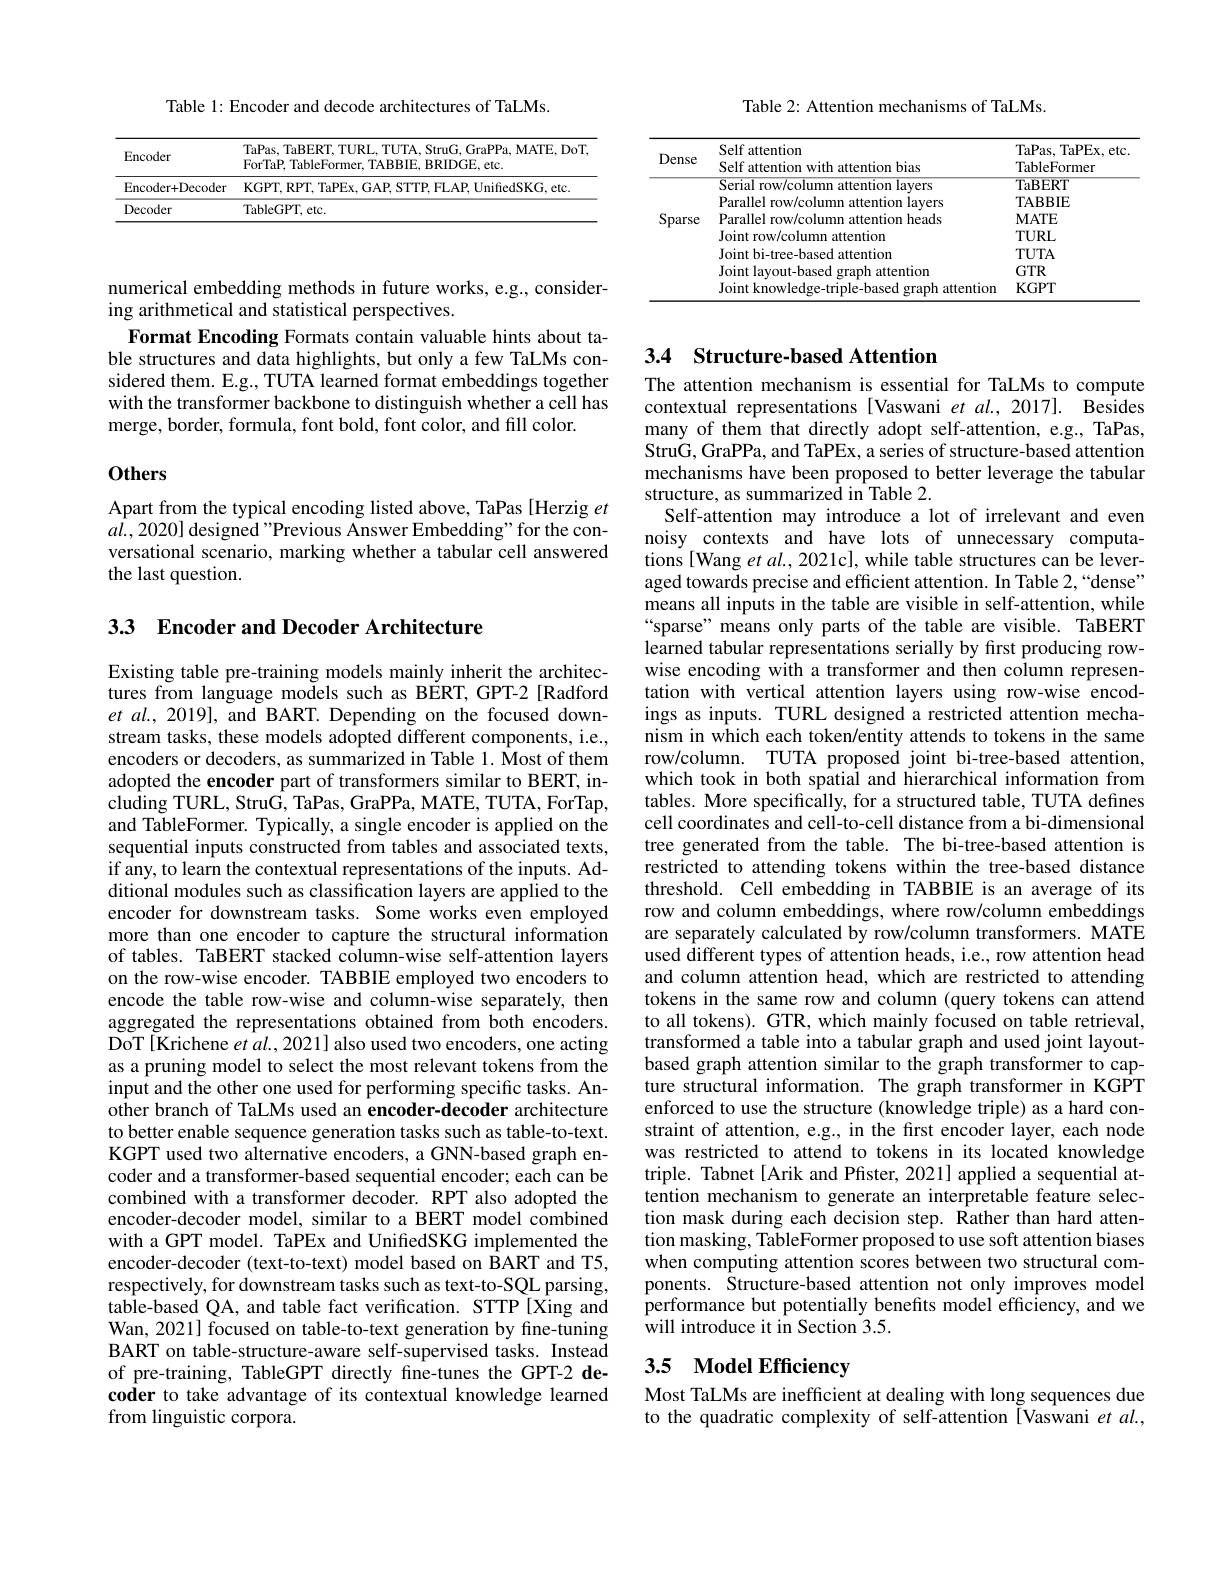
Table 1: Encoder and decode architectures of TaLMs.

<table>
	<tbody>
		<tr>
			<th>Encoder</th>
			<th>TaPas, TaBERT, TURL, TUTA, StruG, GraPPa, MATE, DoT ForTaP, TableFormer, TABBIE, BRIDGE, etc.</th>
		</tr>
		<tr>
			<td>Encoder+Decoder</td>
			<td>KGPT ISKG, etc</td>
		</tr>
		<tr>
			<td>Decoder</td>
			<td>TableGPT, etc. </td>
		</tr>
	</tbody>
</table>

numerical embedding methods in future works, e.g., consider-
ing arithmetical and statistical perspectives.
Format Encoding Formats contain valuable hints about table structures and data highlights, but only a few TaLMs considered them. E.g., TUTA learned format embeddings together with the transformer backbone to distinguish whether a cell has merge, border, formula, font bold, font color, and fill color.

## Others

Apart from the typical encoding listed above, TaPas [Herzig et $al.,2020]$ designed "Previous Answer Embedding" for the conversational scenario, marking whether a tabular cell answered the last question.

3.3 Encoder and Decoder Architecture

Existing table pre-training models mainly inherit the architectures from language models such as BERT, GPT-2[Radford $et$ al., 2019], and BART. Depending on the focused downstream tasks, these models adopted different components, i.e., encoders or decoders, as summarized in Table 1. Most of them adopted the encoder part of transformers similar to BERT, in- $\bar{\mathrm{cluding~TURL,~StruG,~TaPas,~GraPPa,~MATE,~TUTA,~ForTap,}}$ and TableFormer. Typically, a single encoder is applied on the sequential inputs constructed from tables and associated texts, if any, to learn the contextual representations of the inputs. Additional modules such as classification layers are applied to the encoder for downstream tasks. Some works even employed more than one encoder to capture the structural information of tables. TaBERT stacked column-wise self-attention layers on the row-wise encoder. TABBIE employed two encoders to encode the table row-wise and column-wise separately, then aggregated the representations obtained from both encoders. DoT[Krichene et al., 2021] also used two encoders, one acting as a pruning model to select the most relevant tokens from the input and the other one used for performing specific tasks. Another branch of TaLMs used an encoder-decoder architecture to better enable sequence generation tasks such as table-to-text. KGPT used two alternative encoders, a GNN-based graph encoder and a transformer-based sequential encoder; each can be combined with a transformer decoder. RPT also adopted the encoder-decoder model, similar to a BERT model combined with a GPT model. TaPEx and UnifedSKG implemented the encoder-decoder (text-to-text) model based on BART and T5, respectively, for downstream tasks such as text-to-SQL parsing, table-based QA, and table fact verification. STTP [Xing and Wan, 2021] focused on table-to-text generation by fine-tuning BART on table-structure-aware self-supervised tasks. Instead of pre-training, TableGPT directly fine-tunes the GPT-2 decoder to take advantage of its contextual knowledge learned from linguistic corpora.

Table 2: Attention mechanisms of TaLMs.

<table>
	<tbody>
		<tr>
			<th>Dense</th>
			<th>Self attention Self attention with attention bias</th>
			<th>TaPas, TaPEx, etc TableFormer</th>
		</tr>
		<tr>
			<td rowspan="7">Sparse</td>
			<td>ntion lavers</td>
			<td>TaBERT</td>
		</tr>
		<tr>
			<td>aralla PIN</td>
			<td>TABBIE</td>
		</tr>
		<tr>
			<td>heads</td>
			<td>$\mathbf{MATE}$</td>
		</tr>
		<tr>
			<td>attention Ioint</td>
			<td>$TURL$</td>
		</tr>
		<tr>
			<td>Ioint attention</td>
			<td>$TUTA$</td>
		</tr>
		<tr>
			<td>t-hased oranh attention</td>
			<td>$GTR$</td>
		</tr>
		<tr>
			<td>attention</td>
			<td>$\mathbf{KGPT}$</td>
		</tr>
	</tbody>
</table>

# 3.4 Structure-based Attention

The attention mechanism is essential for TaLMs to compute contextual representations [Vaswani et al., 2017]. Besides many of them that directly adopt self-attention, e.g., TaPas, Stru$\dot{\text{G, GraPPa, and TaPEx, a series of structure-based attention}}$ mechanisms have been proposed to better leverage the tabular structure, as summarized in Table 2.
Self-attention may introduce a lot of irrelevant and even noisy contexts and have lots of unnecessary computations[ Wang et al., 2021c], while table structures can be leveraged towards precise and efficient attention. In Table 2,“dense” means all inputs in the table are visible in self-attention, while “sparse” means only parts of the table are visible. TaBERT learned tabular representations serially by first producing rowwise encoding with a transformer and then column representation with vertical attention layers using row-wise encodings as inputs. TURL designed a restricted attention mechanism in which each token/entity attends to tokens in the same row/column. TUTA proposed joint bi-tree-based attention which took in both spatial and hierarchical information from tables. More specifically, for a structured table, TUTA defines cell coordinates and cell-to-cell distance from a bi-dimensional tree generated from the table. The bi-tree-based attention is restricted to attending tokens within the tree-based distance threshold. Cell embedding in TABBIE is an average of its row and column embeddings, where row/column embeddings are separately calculated by row/column transformers. MATE used different types of attention heads, i.e., row attention head and column attention head, which are restricted to attending tokens in the same row and column (query tokens can attend to all tokens). GTR, which mainly focused on table retrieval, transformed a table into a tabular graph and used joint layoutbased graph attention similar to the graph transformer to capture structural information. The graph transformer in KGPT enforced to use the structure (knowledge triple) as a hard constraint of attention, e.g., in the first encoder layer, each node was restricted to attend to tokens in its located knowledge triple. Tabnet [Arik and Pfister, 2021] applied a sequential attention mechanism to generate an interpretable feature selection mask during each decision step. Rather than hard attention masking, TableFormer proposed to use soft attention biases when computing attention scores between two structural components. Structure-based attention not only improves model performance but potentially benefits model efficiency, and we will introduce it in Section 3.5.

# 3.5 Model Efficiency

Most TaLMs are inefficient at dealing with long sequences due to the quadratic complexity of self-attention[Vaswani et al.,